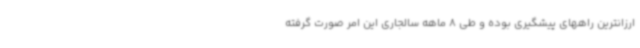
ارزانترین راههای پیشگیری بوده و طی 8 ماهه سالجاری این امر صورت گرفته